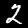
Digit: 2